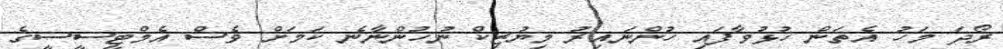
ރޯދަ މަހު އެތަން ހުޅުވާފައި ހުންނައިރު މިޔުޒިކް ނުހުންނާނެ ކަމަށް ވެސް އެމްޓީސީސީގެ